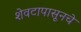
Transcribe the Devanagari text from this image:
शेवटापासूनचे